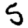
Digit: 5